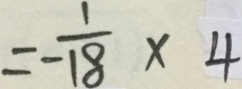
= - \frac { 1 } { 1 8 } \times 4